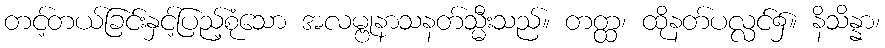
တင့်တယ်ခြင်းနှင့်ပြည့်စုံသော အလမ္ဗုနာသနတ်သ္မီးသည်။ တတ္ထ၊ ထိုနတ်ပလ္လင်၌။ နိသိန္နာ၊